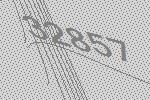
32857